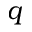
q